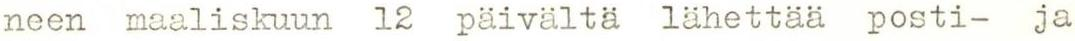
neen maaliskuun 12 päivältä lähettää posti- ja